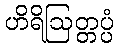
ဟိရိဩတ္တပ္ပံ